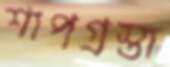
শাপগ্রস্তা